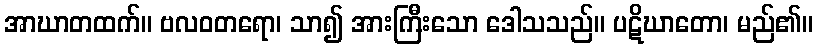
အာဃာတထက်။ ဗလဝတရော၊ သာ၍ အားကြီးသော ဒေါသသည်။ ပဋိဃာတော၊ မည်၏။